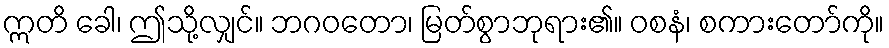
ဣတိ ခေါ၊ ဤသို့လျှင်။ ဘဂဝတော၊ မြတ်စွာဘုရား၏။ ဝစနံ၊ စကားတော်ကို။